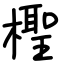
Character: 檉